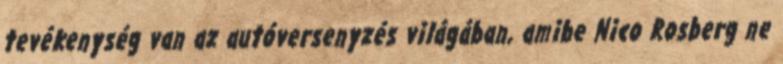
tevékenység van az autóversenyzés világában, amibe Nico Rosberg ne